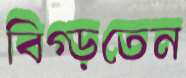
বিগ্‌ড়তেন